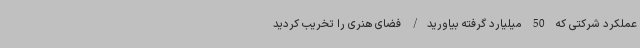
عملکرد شرکتی که 50 میلیارد گرفته بیاورید/ فضای هنری را تخریب کردید